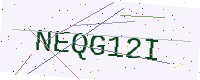
Text: NEQG12I